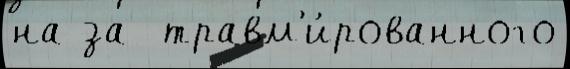
на за  травм'и́рованного